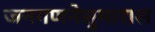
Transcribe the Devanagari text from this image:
जनगणनेसुमारास